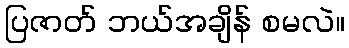
ပြဇာတ် ဘယ်အချိန် စမလဲ။